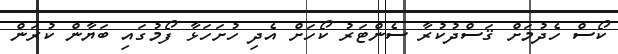
ކޯސް ހެދުމަށް ޤަސްދުކުރާ ސެންޓަރު ކޯހަށް އެދި ހުށަހަޅާ ފޯމުގައި ބަޔާން ކުރަން